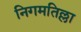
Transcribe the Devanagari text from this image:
निगमतिल्ला